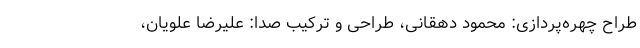
طراح چهره‌پردازی: محمود دهقانی، طراحی و ترکیب صدا: علیرضا علویان،